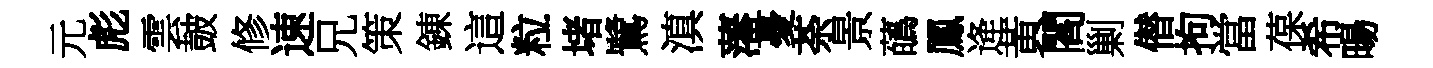
元彪雲皷修速兄策錬這粒堵鷺滇藩憂荼景蘤鳳逄黃閻剿僣拘當葆希暘